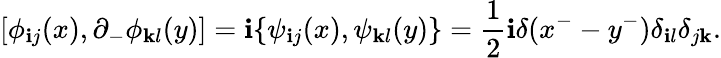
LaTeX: [\phi_{\mathbf{i}j}(x),\partial_{-}\phi_{\mathbf{k}l}(y)]=\mathbf{i}\{ \psi_{\mathbf{i}j}(x),\psi_{\mathbf{k}l}(y)\} =\frac{{1}}{{2}}\mathbf{i}\delta(x^{-}-y^{-})\delta_{\mathbf{i}l}\delta_{j\mathbf{k}}.